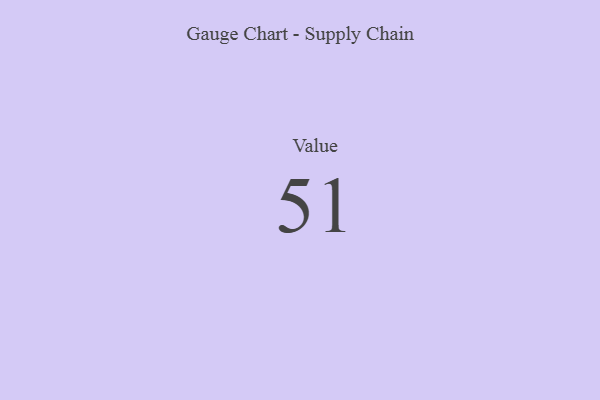
{"axis": {"x": "Metric", "y": "Value"}, "legend": [""], "data": [{"x": "Value", "y": 51, "type": ""}]}